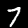
Label: 7